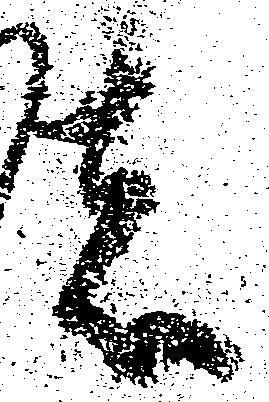
者